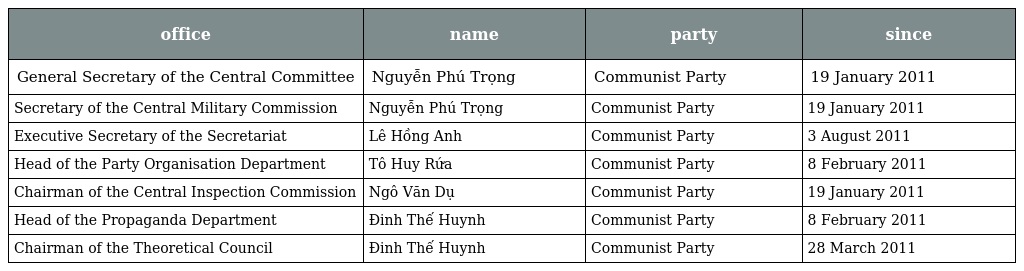
| office | name | party | since |
 | --- | --- | --- | --- |
 | General Secretary of the Central Committee | Nguyễn Phú Trọng | Communist Party | 19 January 2011 |
 | Secretary of the Central Military Commission | Nguyễn Phú Trọng | Communist Party | 19 January 2011 |
 | Executive Secretary of the Secretariat | Lê Hồng Anh | Communist Party | 3 August 2011 |
 | Head of the Party Organisation Department | Tô Huy Rứa | Communist Party | 8 February 2011 |
 | Chairman of the Central Inspection Commission | Ngô Văn Dụ | Communist Party | 19 January 2011 |
 | Head of the Propaganda Department | Đinh Thế Huynh | Communist Party | 8 February 2011 |
 | Chairman of the Theoretical Council | Đinh Thế Huynh | Communist Party | 28 March 2011 |